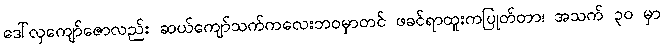
ဒေါ်လှကျော်ဇောလည်း ဆယ်ကျော်သက်ကလေးဘဝမှာတင် ဖခင်ရာထူးကပြုတ်တာ၊ အသက် ၃၀ မှာ